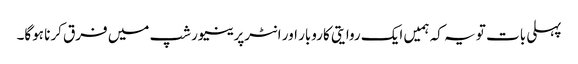
پہلی بات تو یہ کہ ہمیں ایک روایتی کاروبار اور انٹرپرینیورشپ میں فرق کرنا ہوگا۔